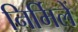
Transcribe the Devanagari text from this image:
निर्मिलें